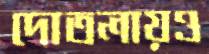
দোতলায়ও